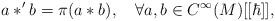
LaTeX: \begin{align*}a*^{\prime }b=\pi (a*b),\quad \forall a,b\in C^\infty (M)[[\hbar ]],\end{align*}